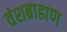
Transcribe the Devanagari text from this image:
वंशब्राह्मण